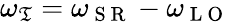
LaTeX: \omega_{\mathfrak{T}}=\omega_{\mathrm{{~S~R~}}}-\omega_{\mathrm{{~L~O~}}}